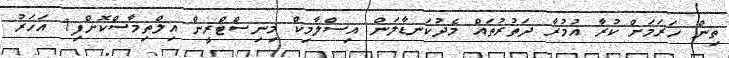
ތިން ހަރަމަށް ކުރާ އުމުރާ ދަތުރުތައް މެދުކަނޑާލަން އިސްލާމިކް މިނިސްޓްރީން އިލްތިމާސްކޮށްފި1 އަހަރު